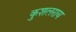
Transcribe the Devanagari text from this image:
कुशलराय